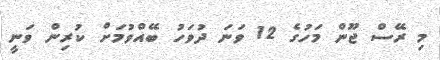
މި ރޭސް ޖޫން މަހުގެ 12 ވަނަ ދުވަހު ބޭއްވުމަށް ކުރިން ވަނީ